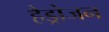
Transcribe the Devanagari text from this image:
हैड्रोजन